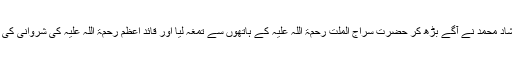
اس پر مسلم لیگی کارکن ملک شاد محمد نے آگے بڑھ کر حضرت سراج الملّت رحمۃ اللہ علیہ کے ہاتھوں سے تمغہ لیا اور قائدِ اعظم رحمۃ اللہ علیہ کی شروانی کی بائیں جانب سینے پر ٹانک دیا۔